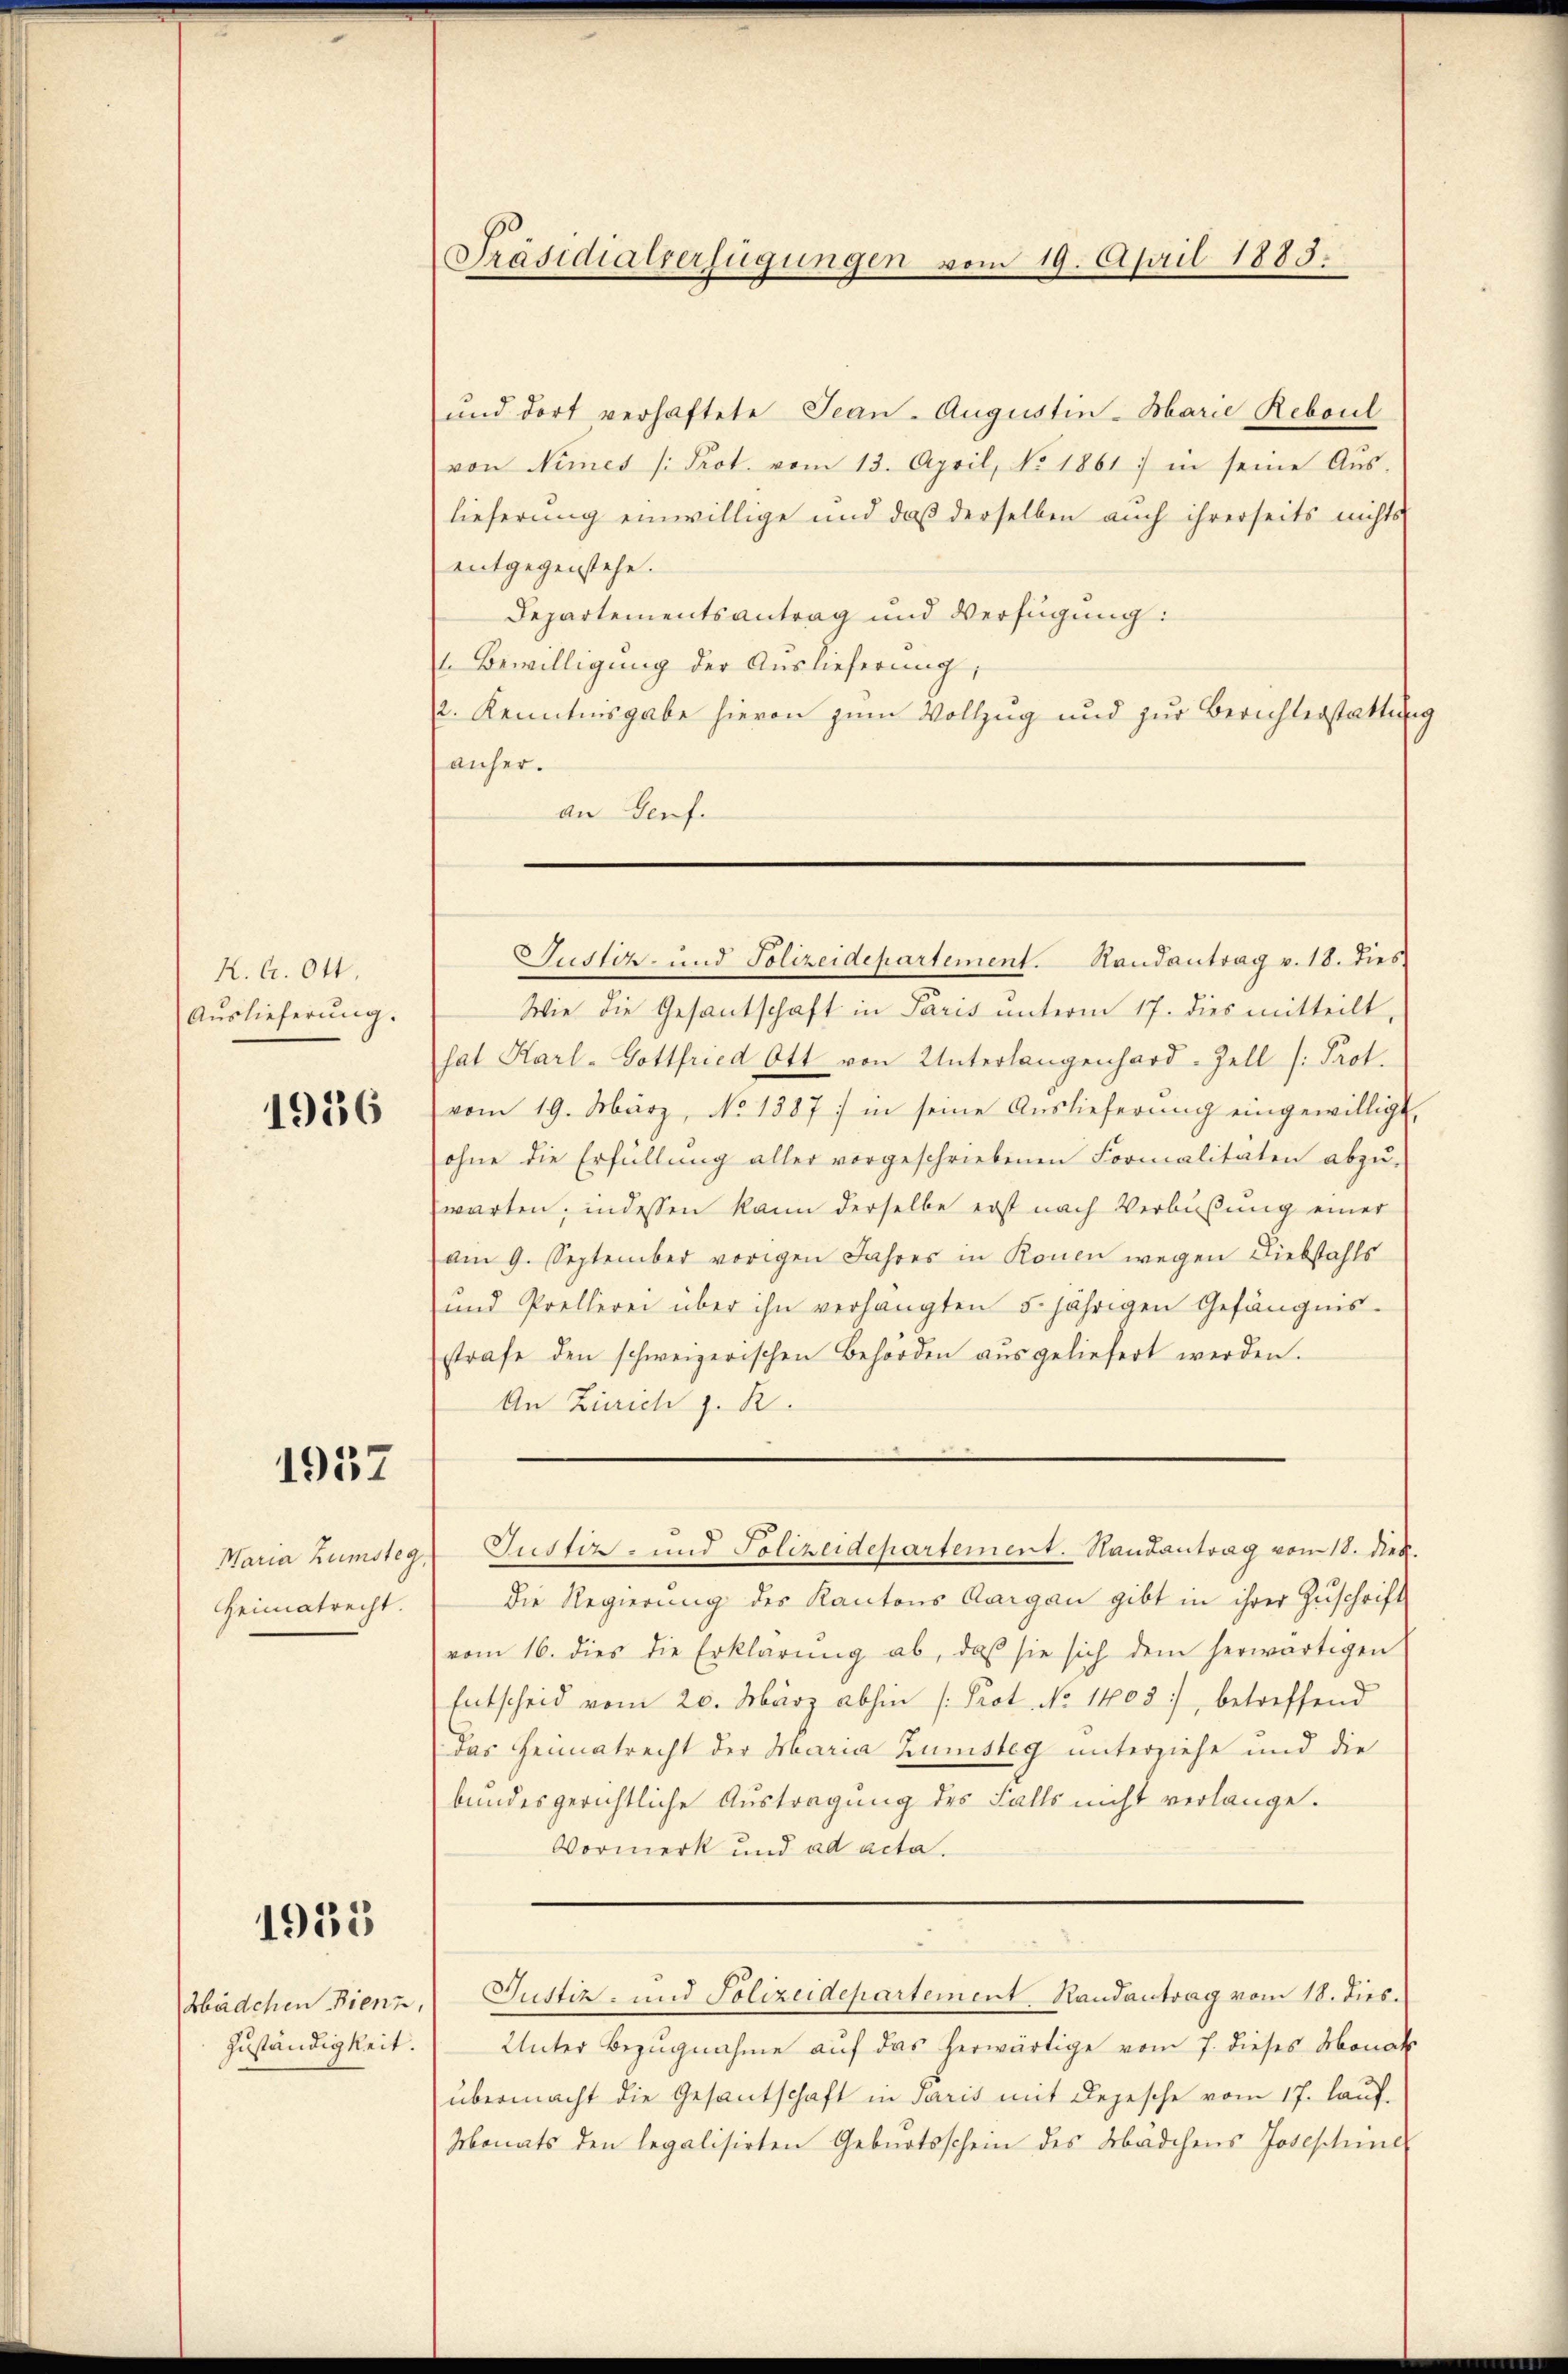
K. A. Ott,
Aŭslieferŭng.

1936

1937

Maria Zumsteg,
Heimatrecht.

1935

bädchen Bienz,
Zuständigkeit.

Präsidialverfügungen vom 19. April 1883.

und dort verhaftete Jean - Augustin-Marie Reboul
von Nimes /: Prot. vom 13. April, No. 1861 in seine Aŭs-
lieferung einwillige und daß derselben auch ihrerseits nichts
entgegenstehe.
Departementsantrag und Verfügung:
 Bewilligung der Auslieferung,
2. Kenntnisgabe hievon zum Vollzug und zŭr Berichterstatte
anher.
an Genfe
Wie die Gesantschaft in Paris unterm 17. dies mitteilt,
sat Karl- Gottfried Ott von Unterlangenhard-Zell /: Prot.
vom 19. März, No 1387 : in seine Auslieferung eingewilligt,
ohne die Erfüllung aller vorgeschriebenen Formalitäten abzŭ-
warten, indessen kann derselbe erst nach Verbüßung einer
am 9. September vorigen Jahres in Ronen wegen Diebstahls
und Prellerei über ihn verhängten 5 jährigen Gefängnis-
strafe den schweizerischen Behörden aŭsgeliefert werden.
An Zürich z. B.
Justiz- und Polizeidepartement. Handantrag vom 18. dieb.
die Regierung des Kantons Aargau gibt in ihrer Zŭschrift
vom 16. dies die Erklärŭng ab, daβ sie sich dem herwärtigen
Entscheid vom 20. März abhin (Prot. No 1403), betreffend
Das Heimatrecht der Maria Kunsteg unterziehe und die
bundesgerichtliche Austragung des Falls nicht verlange.
Vormerk und ad acta.
Justiz- und Polizeidepartement Randantrag vom 18. dies.
Unter Bezugnahme auf das herwärtige vom 7. dieses Monat
übermacht die Gesantschaft in Paris mit Depesche vom 17. lauf.
Monats den legalisirten Geburtsschein des Mädchens Josephine

Justiz- und Polizeidepartement. Randantrag v. 18. dies